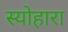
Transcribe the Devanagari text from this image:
स्योहारा